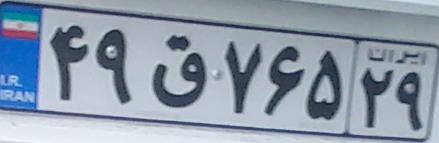
۴۹ق۷۵۶۲۹